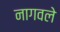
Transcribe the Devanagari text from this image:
नागवले